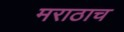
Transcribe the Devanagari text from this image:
मराठाच